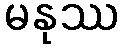
မနုဿ